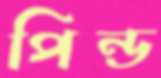
পিন্ড